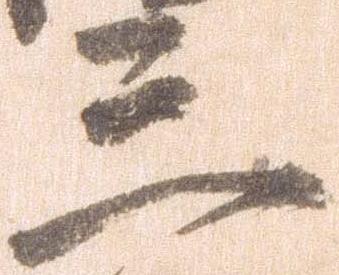
三